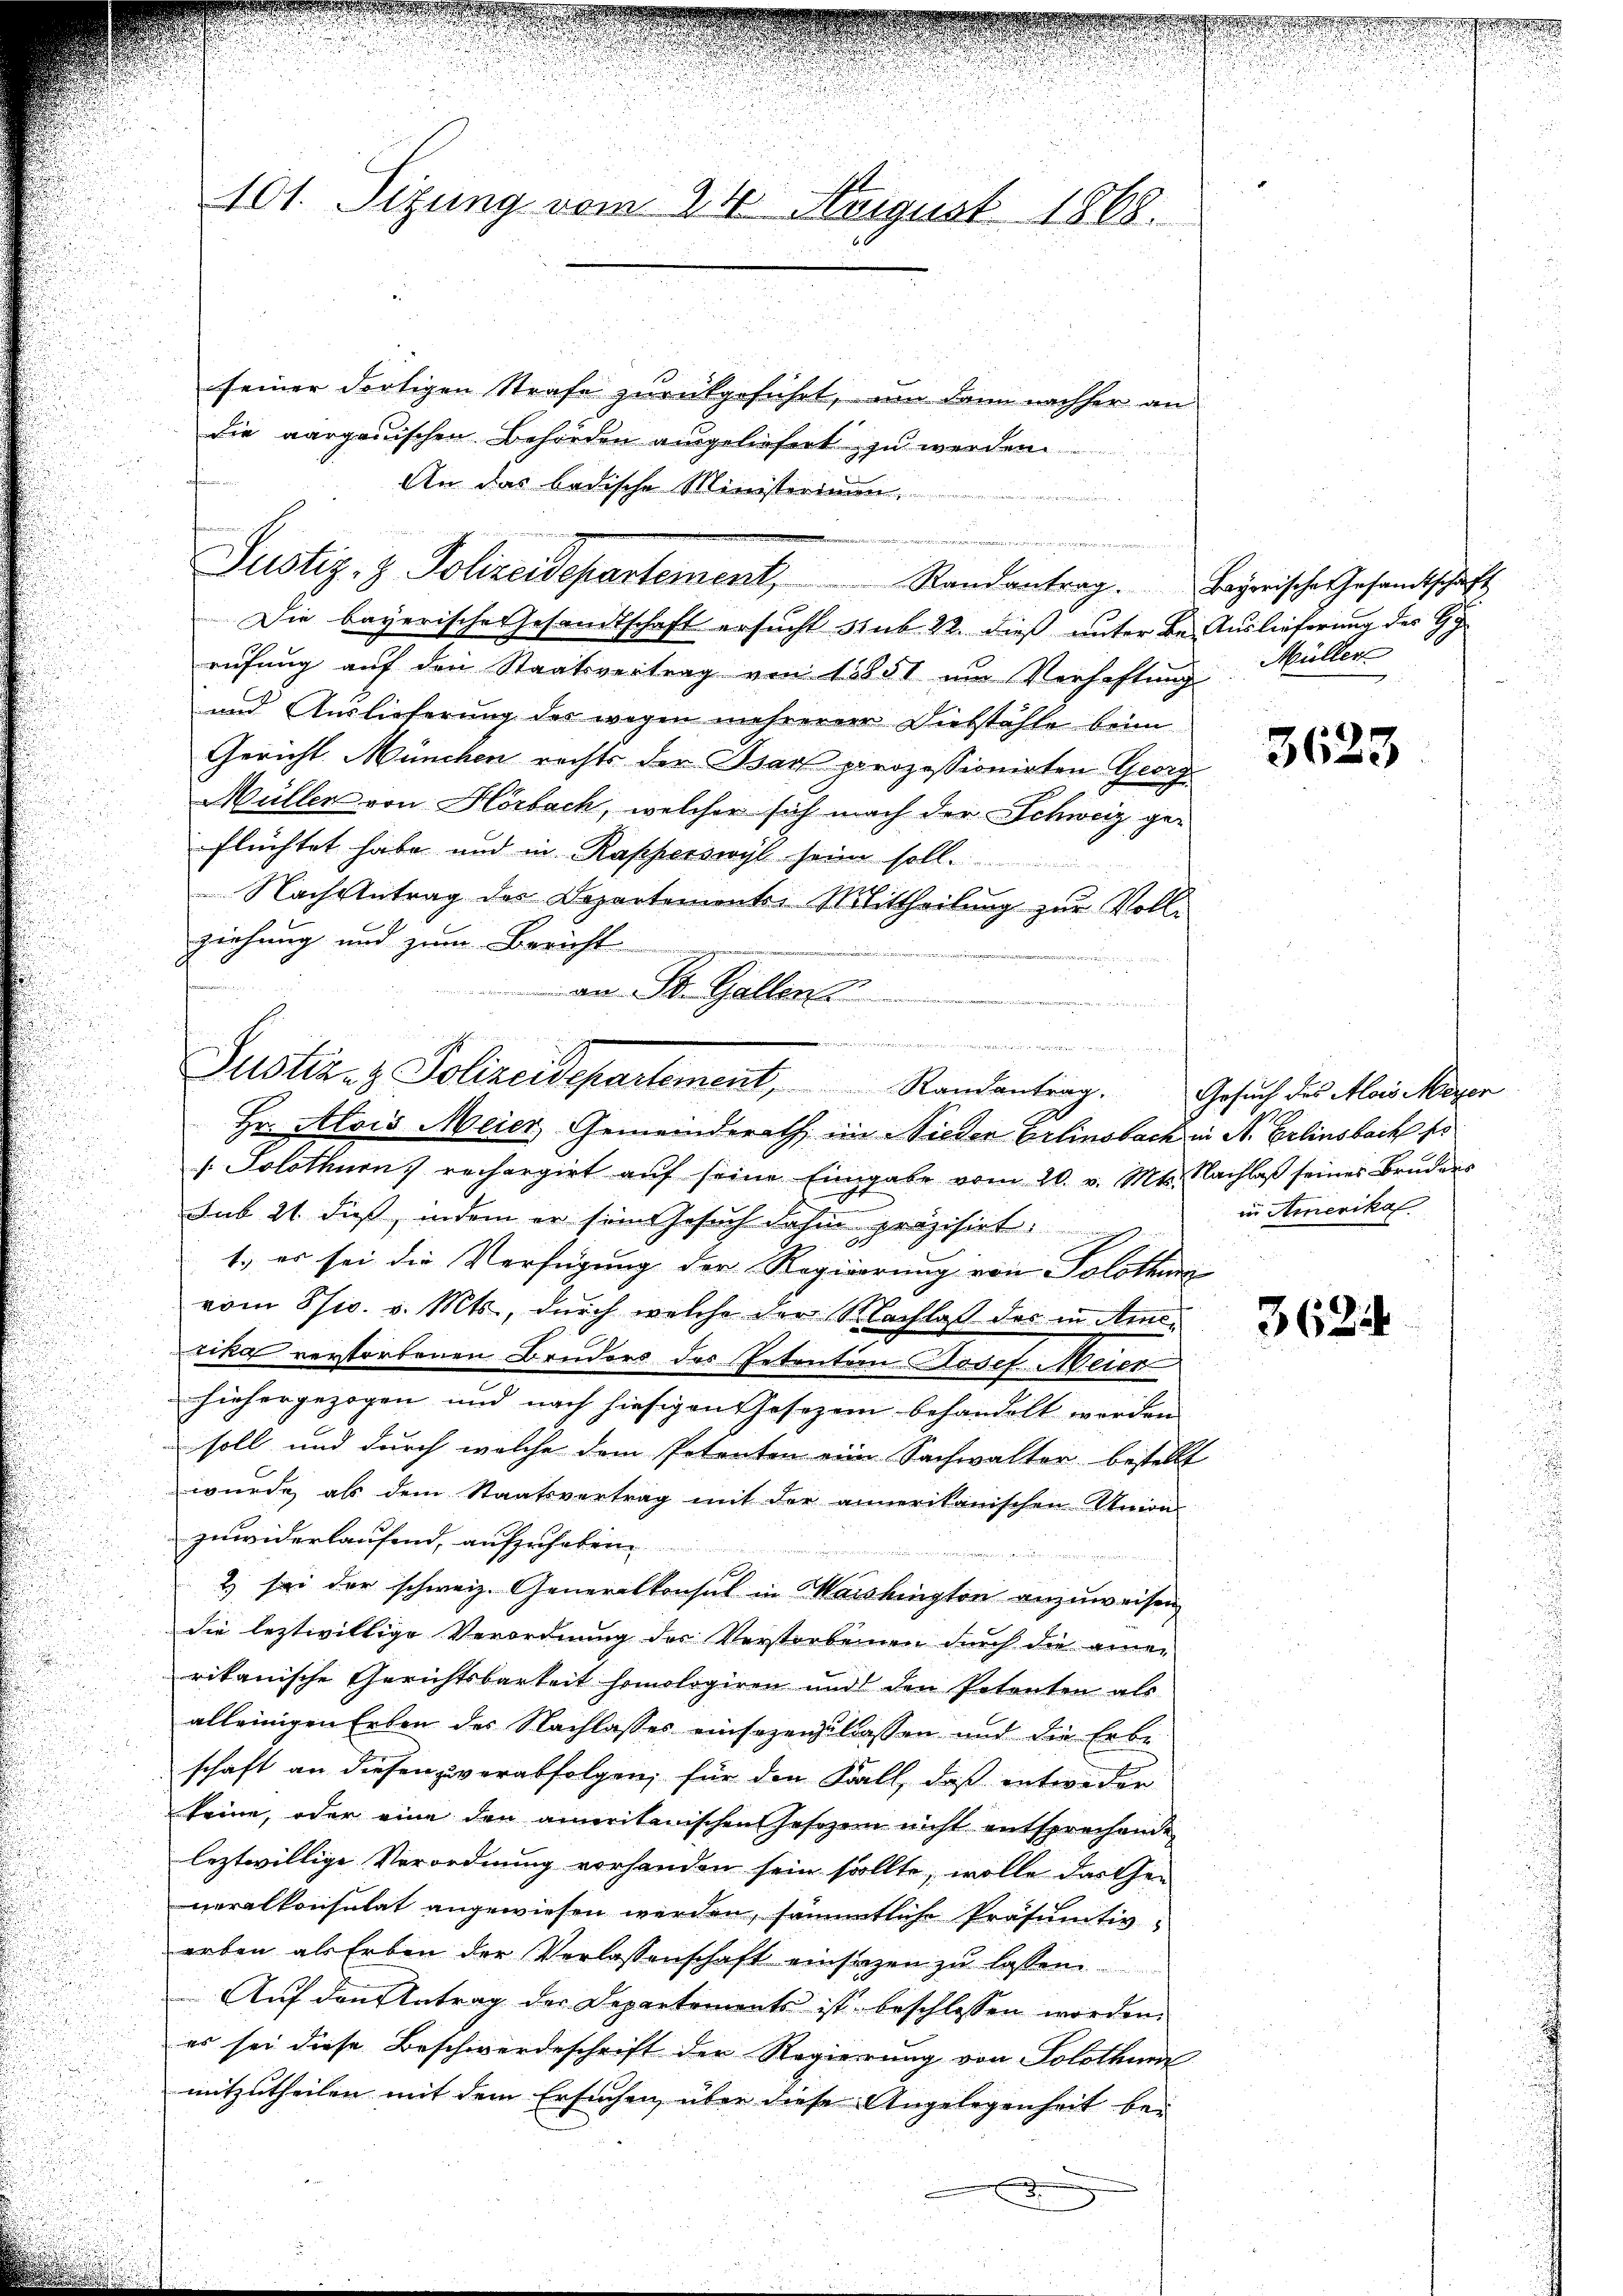
seiner dortigen Strafe zŭrückgeführt, um dann nachher an
die aargauischen Behörden ausgeliefert zu werden.
An das badische Ministerium,
Justiz- & Polizeidepartement, Randantrag. Payerische Gesandtschaft
Die bayerische Gesandtschaft ersucht sub. 22. dieß unter Be Auslieferung des Gy
rufung auf den Staatsvertrag von 1851 um Verhaftung
.
und Auslieferung des wegen mehrerer Diebstähle beim
Gericht München rechts der Bach prozessionirten Georg
Müller von Horbach, welcher sich nach der Schweiz ge-
flüchtet habe und in Rapperswyl heim soll.
Nach Antrag des Departemente Mittheilŭng zŭr Volle
ziehung und zum Bericht

an St. Gallens
Hr. Alois Meier, Gemeinderath, im Nieder Erlinsbach in Nr. Erlinsbach so
 Solothurn, rechargirt aŭf seine Eingabe vom 20. v. Mts. Nachlaβ seines Bruders

sub 21. dieß, indem er seingesuch dahin präzisirt.
1., er sei die Verfügung der Regierung von Solothurg
.
vom Ssw. v. Mts., durch welche der Nachlaß des in Amrika verstorbenen Bruders des Petenten Josef Meier
hiehergezogen und nach hiesigen Gesezen behandelt werden
soll und durch welche dem Petenten eine Sachwalter bestellt
wurde als dem Staatsvertrag mit der annerikanischen Union
zuwiderlaufend, aufzuhaben.
mung einigen gegende zu
2) sei der schweiz. Generalkonsul in Waishington anzuweisen
die leztwillige Verordnung des Verstorbenen durch die ame-
n
rikanische Gerichtsbarkeit homologiren und den Petenten als
alleinigen Erben der Nachlasses einsezenzulassen und die Erbe
schaft an diesen verabfolgen, für den Fall, daß entweder
keine, oder eine den ameritanischen Jeszen nicht entsprechende
leztwillige Verordnung vorhanden sein sollte, wolle das Ge-
neralkonsulat angewiesen werden, sämmtliche Präsumtivarben als Erben der Verlassenschaft einsatzen zu lassen.
Auf den Antrag der Departements ist beschlossen worden.
es sei diese Beschwerdeschrift der Regierung von Solothu
mitzutheilen mit dem Ersuchen über diese Angelegenheit bei

d

101. Sitzung vom 24. August 1868.

..  ..  ..
Justiz- & Polizeidepartement, Randantrag.

i
Müller

3623

Gesuch des Alois Meyer
in Amerikal.

3624